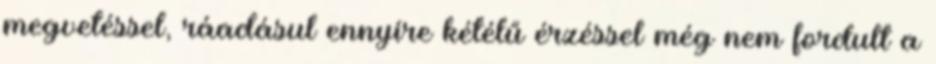
megvetéssel, ráadásul ennyire kétélű érzéssel még nem fordult a